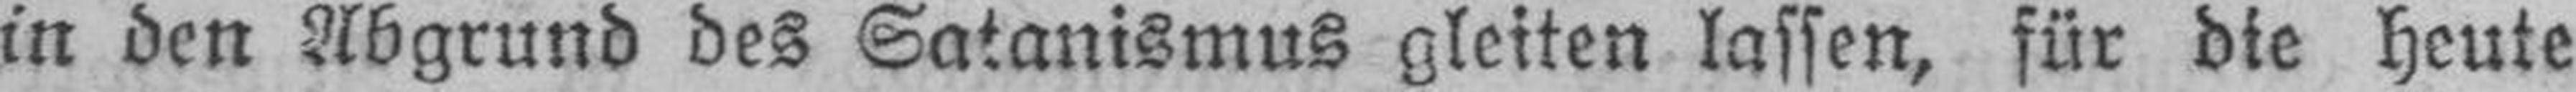
in den Abgrund des Satanismus gleiten lassen, für die heute